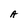
Character: A